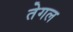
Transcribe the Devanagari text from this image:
तेगल